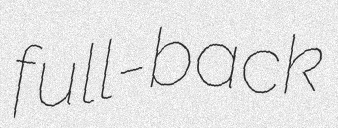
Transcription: full-back